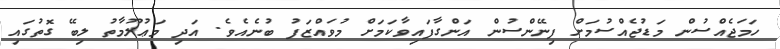
ހަމަޖެއްސުން މަޑުޖެއްސުމަށް ފިނޭންސުން އަންގާފައިވާކަމަށް މުވައްޒަފު ބުނެއެވެ. އަދި މަޢުލޫމާތު ލިބޭ ގޮތުގައި